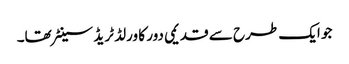
جو ایک طرح سے قدیمی دور کا ورلڈ ٹریڈ سینٹر تھا۔